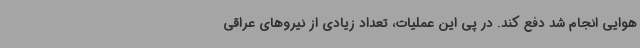
هوایی انجام شد دفع کند. در پی این عملیات، تعداد زیادی از نیروهای عراقی